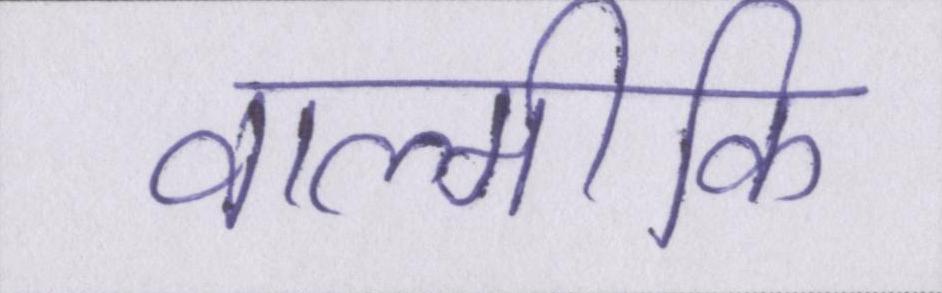
वाल्मीकि